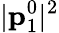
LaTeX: |{\mathbf p}_{1}^{0}|^{2}